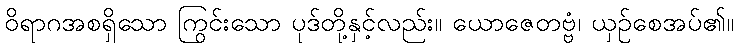
ဝိရာဂအစရှိသော ကြွင်းသော ပုဒ်တို့နှင့်လည်း။ ယောဇေတဗ္ဗံ၊ ယှဉ်စေအပ်၏။